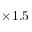
\times 1 . 5